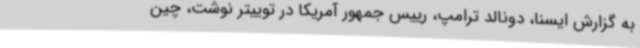
به گزارش ایسنا، دونالد ترامپ، رییس جمهور آمریکا در توییتر نوشت، چین